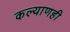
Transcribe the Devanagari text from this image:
कल्याणही